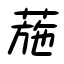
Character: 葹